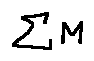
\sum M